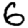
Digit: 6